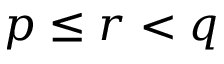
p \leq r < q